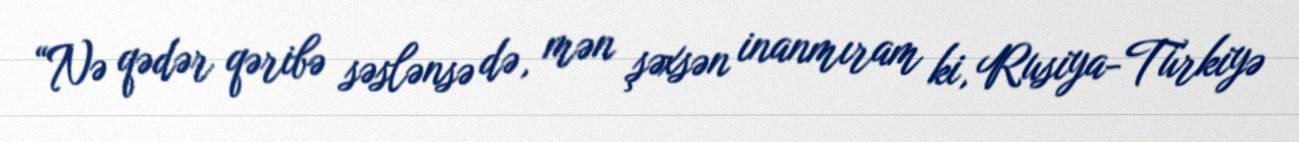
“Nə qədər qəribə səslənsə də, mən şəxsən inanmıram ki, Rusiya-Türkiyə